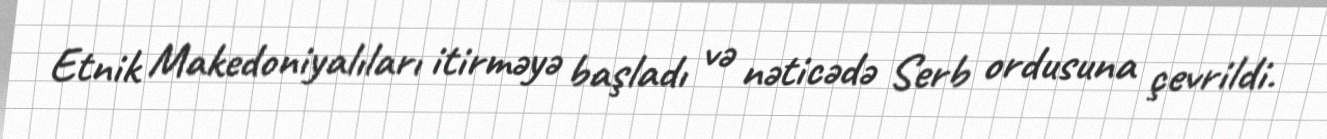
Etnik Makedoniyalıları itirməyə başladı və nəticədə Serb ordusuna çevrildi.